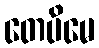
တေပိမေ